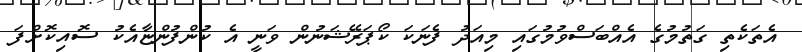
އެތަކެތި ގަތުމުގެ އެއްބަސްވުމުގައި މިއަދު ފެނަކަ ކޯޕަރޭޝަނުން ވަނީ އެ ކުންފުންޏާއެކު ސޮއިކޮށްފަ